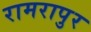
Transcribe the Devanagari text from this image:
रामरापुर